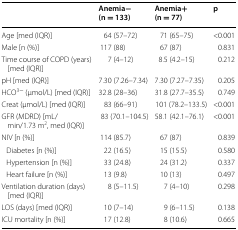
|  | Anemia−(n = 133) | Anemia+(n = 77) | p |
 | --- | --- | --- | --- |
 | Age [med (IQR)] | 64 (57–72) | 71 (65–75) | <0.001 |
 | Male [n (%)] | 117 (88) | 67 (87) | 0.831 |
 | Time course of COPD (years) [med (IQR)] | 7 (4–12) | 8.5 (4.2–15) | 0.212 |
 | pH [med (IQR)] | 7.30 (7.26–7.34) | 7.30 (7.27–7.35) | 0.205 |
 | HCO3− (μmol/L) [med (IQR)] | 32.8 (28–36) | 31.8 (27.7–35.5) | 0.749 |
 | Creat (μmol/L) [med (IQR)] | 83 (66–91) | 101 (78.2–133.5) | <0.001 |
 | GFR (MDRD) [mL/min/1.73 m2, med (IQR)] | 83 (70.1–104.5) | 58.1 (42.1–76.1) | <0.001 |
 | NIV [n (%)] | 114 (85.7) | 67 (87) | 0.839 |
 | Diabetes [n (%)] | 22 (16.5) | 15 (15.5) | 0.580 |
 | Hypertension [n (%)] | 33 (24.8) | 24 (31.2) | 0.337 |
 | Heart failure [n (%)] | 13 (9.8) | 10 (13) | 0.497 |
 | Ventilation duration (days) [med (IQR)] | 8 (5–11.5) | 7 (4–10) | 0.298 |
 | LOS (days) [med (IQR)] | 10 (7–14) | 9 (6–11.5) | 0.138 |
 | ICU mortality [n (%)] | 17 (12.8) | 8 (10.6) | 0.665 |